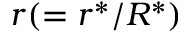
r ( = r ^ { * } / R ^ { * } )